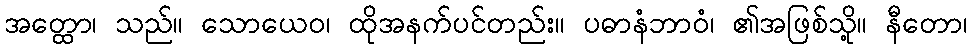
အတ္ထော၊ သည်။ သောယေဝ၊ ထိုအနက်ပင်တည်း။ ပဓာနံဘာဝံ၊ ၏အဖြစ်သို့။ နီတော၊